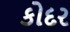
કોદર